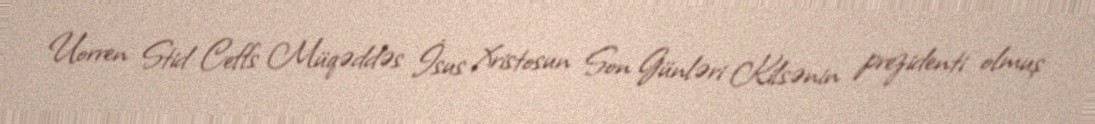
Uorren Stid Ceffs Müqəddəs İsus Xristosun Son Günləri Kilsənin prezidenti olmuş